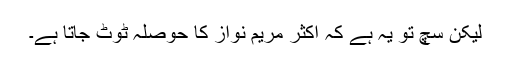
لیکن سچ تو یہ ہے کہ اکثر مریم نواز کا حوصلہ ٹوٹ جاتا ہے۔